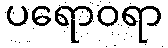
ပရောဝရာ